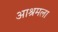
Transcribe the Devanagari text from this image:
आश्रमला